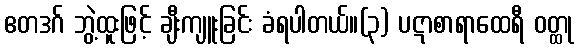
ဧတဒဂ် ဘွဲ့ထူးဖြင့် ချီးကျူးခြင်း ခံရပါတယ်။(၃) ပဋာစာရာထေရီ ဝတ္ထု